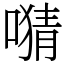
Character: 𫫜